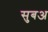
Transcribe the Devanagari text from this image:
सुबअ